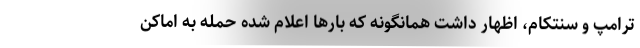
ترامپ و سنتکام، اظهار داشت همانگونه که بارها اعلام شده حمله به اماکن